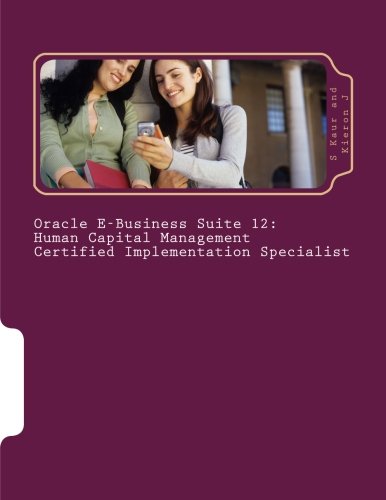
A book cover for Oracle E-Business Suite 12 Human Capital Management Certified Implementation Specialist; Kieron J; Computers & Technology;